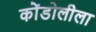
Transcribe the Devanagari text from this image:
कोंडोलीला